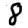
Digit: 8